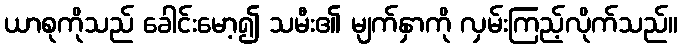
ယာစုကိုသည် ခေါင်းမော့၍ သမီး၏ မျက်နှာကို လှမ်းကြည့်လိုက်သည်။